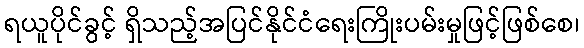
ရယူပိုင်ခွင့် ရှိသည့်အပြင်နိုင်ငံရေးကြိုးပမ်းမှုဖြင့်ဖြစ်စေ၊